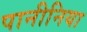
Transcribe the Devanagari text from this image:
पानीनिया